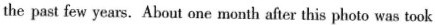
the past few years.About one month after this photo was took